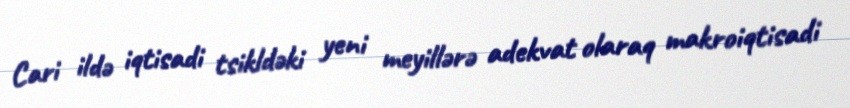
Cari ildə iqtisadi tsikldəki yeni meyillərə adekvat olaraq makroiqtisadi